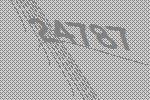
24787